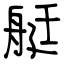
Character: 艇